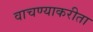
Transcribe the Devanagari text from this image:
वाचण्याकरीता